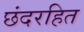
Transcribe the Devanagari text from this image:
छंदरहित